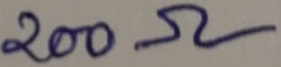
Text: 200Ω